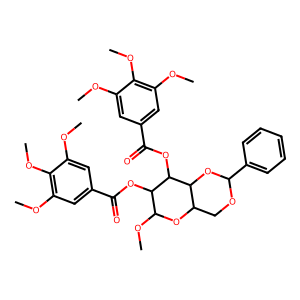
SMILES: COc1cc(C(=O)OC2C(OC)OC3COC(c4ccccc4)OC3C2OC(=O)c2cc(OC)c(OC)c(OC)c2)cc(OC)c1OC
Inhibits HIV replication: No